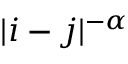
\vert i - j \vert ^ { - \alpha }